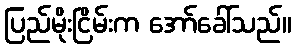
ပြည်မိုးငြိမ်းက အော်ခေါ်သည်။